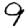
Digit: 9